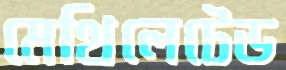
মেথিলেটেড